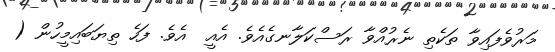
މަރުވެފައިވާ ތަކެތި ނެރުއްވާ ރަސްކަލާނގެއެވެ. އެއީ  އެވެ. ފަހެ ތިޔަބައިމީހުން (